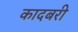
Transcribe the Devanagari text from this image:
कादबरी